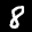
Label: 8